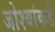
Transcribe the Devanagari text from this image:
जोश्यांकडे